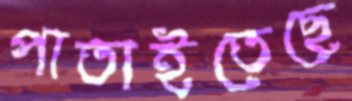
পাতাইতেছে